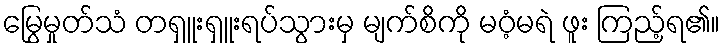
မြွေမှုတ်သံ တရှူးရှူးရပ်သွားမှ မျက်စိကို မဝံ့မရဲ ဖူး ကြည့်ရ၏။